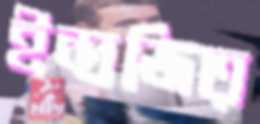
ইন্দ্রজিত্